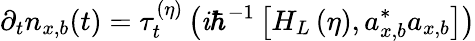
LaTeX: \partial_{t}n_{x,b}(t)=\tau_{t}^{(\eta)}\left(\mathit{i}\hbar^{-1}\left[H_{L}\left(\eta\right),a_{x,b}^{\ast}a_{x,b}\right]\right)